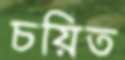
চয়িত